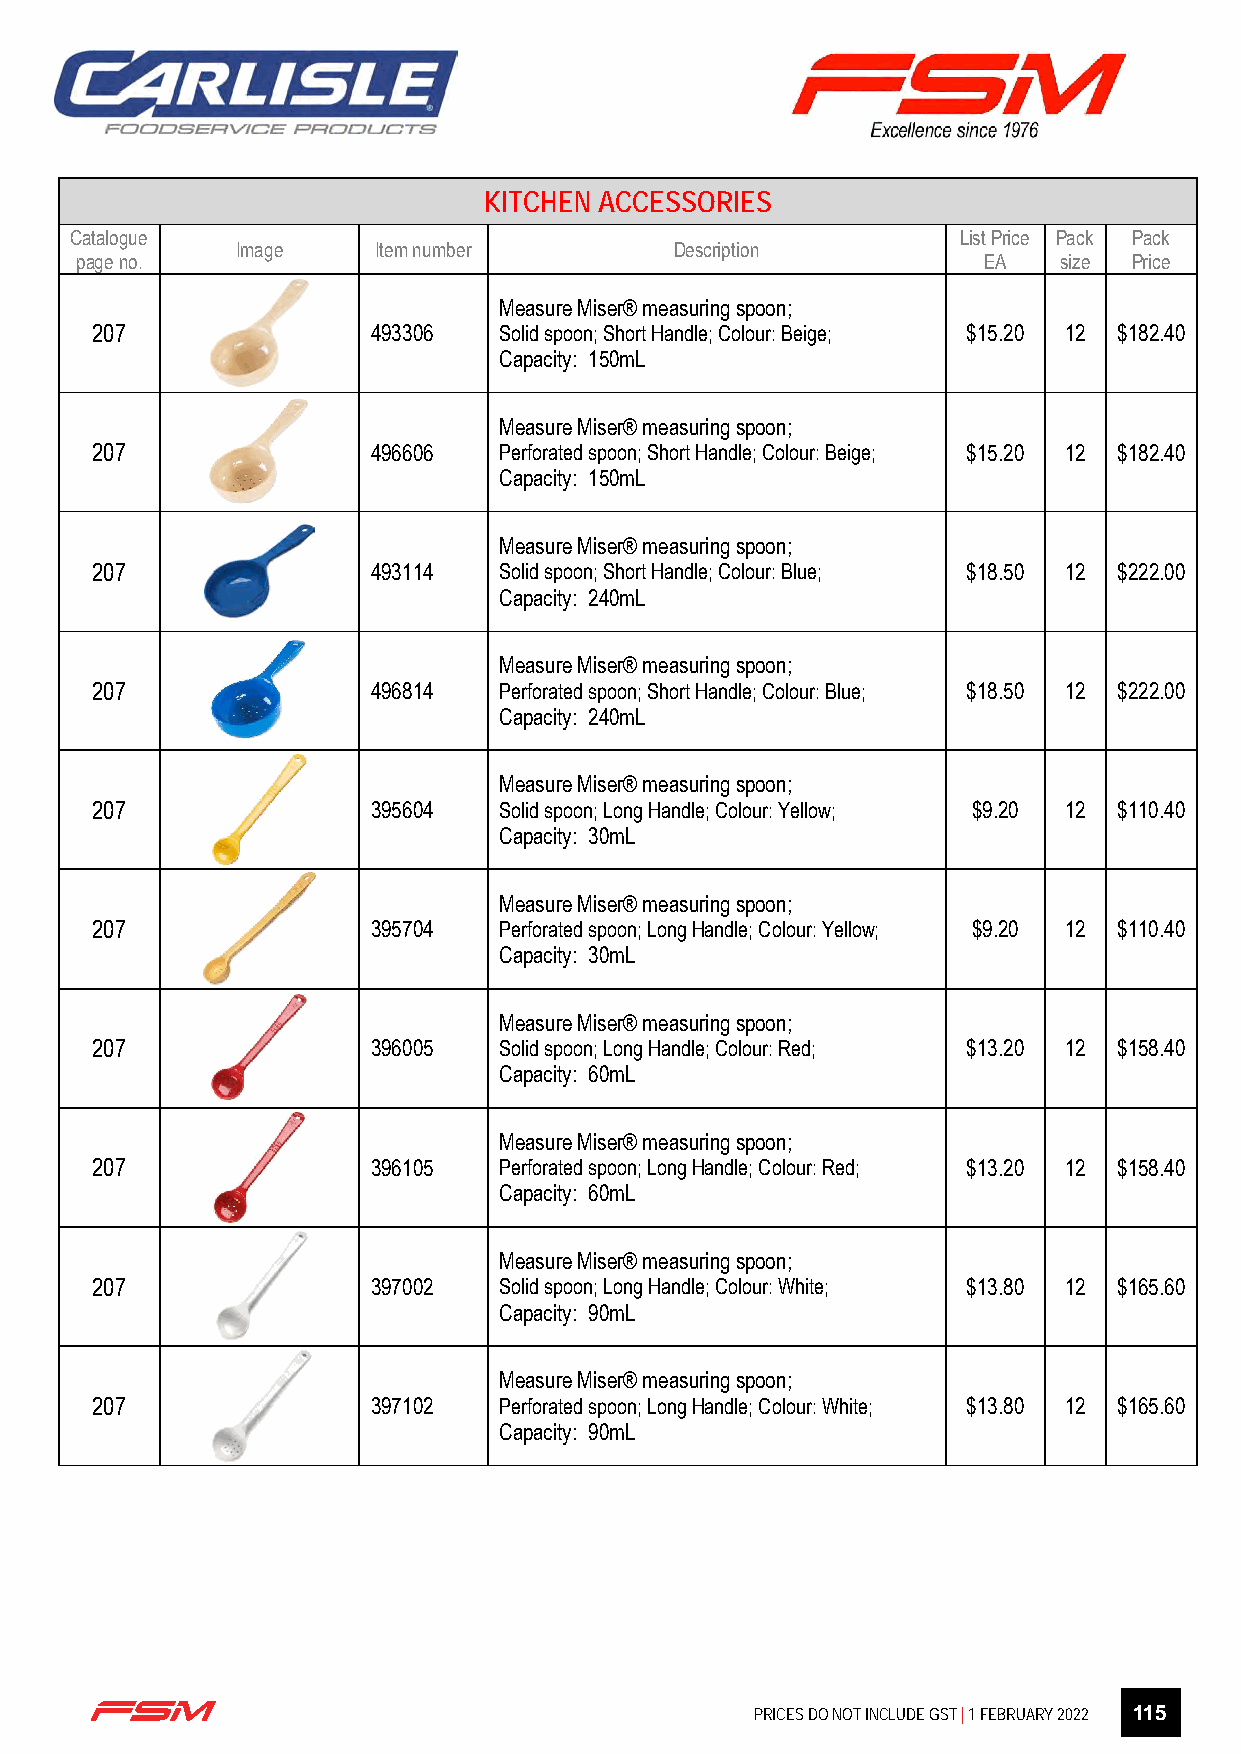
KITCHEN ACCESSORIES
 Catalogue                                                  List Price Pack Pack
 Image    Item number         Description
 page no.                                                    EA   size Price
 Measure Miser® measuring spoon;
 207                493306  Solid spoon; Short Handle; Colour: Beige; $15.20 12 $182.40
 Capacity: 150mL
 Measure Miser® measuring spoon;
 207                496606  Perforated spoon; Short Handle; Colour: Beige; $15.20 12 $182.40
 Capacity: 150mL
 Measure Miser® measuring spoon;
 207                493114  Solid spoon; Short Handle; Colour: Blue; $18.50 12 $222.00
 Capacity: 240mL
 Measure Miser® measuring spoon;
 207                496814  Perforated spoon; Short Handle; Colour: Blue; $18.50 12 $222.00
 Capacity: 240mL
 Measure Miser® measuring spoon;
 207                395604  Solid spoon; Long Handle; Colour: Yellow; $9.20 12 $110.40
 Capacity: 30mL
 Measure Miser® measuring spoon;
 207                395704  Perforated spoon; Long Handle; Colour: Yellow; $9.20 12 $110.40
 Capacity: 30mL
 Measure Miser® measuring spoon;
 207                396005  Solid spoon; Long Handle; Colour: Red; $13.20 12 $158.40
 Capacity: 60mL
 Measure Miser® measuring spoon;
 207                396105  Perforated spoon; Long Handle; Colour: Red; $13.20 12 $158.40
 Capacity: 60mL
 Measure Miser® measuring spoon;
 207                397002  Solid spoon; Long Handle; Colour: White; $13.80 12 $165.60
 Capacity: 90mL
 Measure Miser® measuring spoon;
 207                397102  Perforated spoon; Long Handle; Colour: White; $13.80 12 $165.60
 Capacity: 90mL
 Page 13 of 27
 PRICES DO NOT INCLUDE GST | 1 FEBRUARY 2022 115